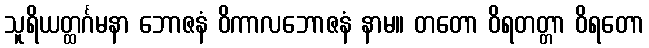
သူရိယတ္ထင်္ဂမနာ ဘောဇနံ ဝိကာလဘောဇနံ နာမ။ တတော ဝိရတတ္တာ ဝိရတော